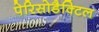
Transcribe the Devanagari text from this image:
पेरिसोडैक्टिल